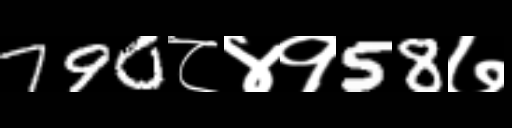
Text: 790८४१58७